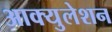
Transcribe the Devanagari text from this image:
आक्युलेशन